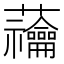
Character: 𧆆